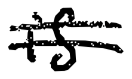
Text: is
Cross-out: double-line
Writing tool: digital_black